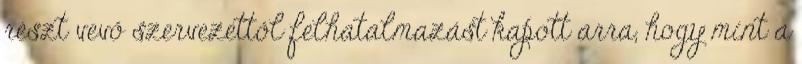
részt vevő szervezettől felhatalmazást kapott arra, hogy mint a